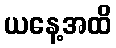
ယနေ့အထိ